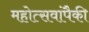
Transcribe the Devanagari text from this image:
महोत्सवांपैकी